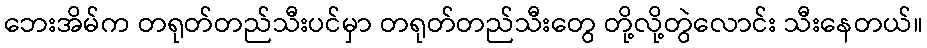
ဘေးအိမ်က တရုတ်တည်သီးပင်မှာ တရုတ်တည်သီးတွေ တို့လို့တွဲလောင်း သီးနေတယ်။